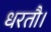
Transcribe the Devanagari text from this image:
धरतौ।